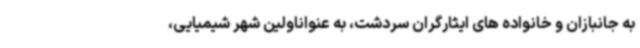
به جانبازان و خانواده های ایثارگران سردشت، به عنواناولین شهر شیمیایی،